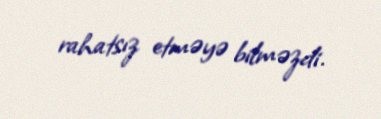
rahatsız etməyə bilməzdi.